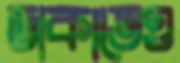
ডাকাতেও